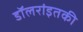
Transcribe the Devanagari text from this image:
डॉलरांइतकी